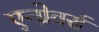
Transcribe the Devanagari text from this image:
एन्ग्रेवर्स